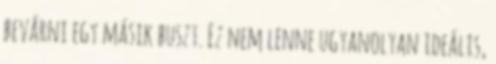
bevárni egy másik buszt. Ez nem lenne ugyanolyan ideális,